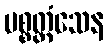
ပစ္စတ္တံသေန